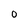
Character: 0